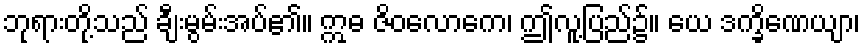
ဘုရားတို့သည် ချီးမွမ်းအပ်၏။ ဣဓ ဇိဝလောကေ၊ ဤလူ့ပြည်၌။ ယေ ဒက္ခိဏေယျာ၊